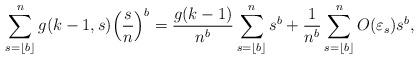
LaTeX: \begin{align*}\sum_{s=\lfloor{b}\rfloor}^{n}g(k-1,s)\Big(\frac{s}{n}\Big)^b=\frac{g(k-1)}{n^b} \sum_{s=\lfloor{b}\rfloor}^{n}s^b+\frac{1}{n^b} \sum_{s=\lfloor{b}\rfloor}^{n}O(\varepsilon_s) s^b,\end{align*}